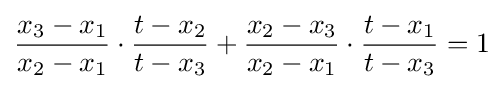
{\frac {x_{3}-x_{1}}{x_{2}-x_{1}}}\cdot {\frac {t-x_{2}}{t-x_{3}}}+{\frac {x_{2}-x_{3}}{x_{2}-x_{1}}}\cdot {\frac {t-x_{1}}{t-x_{3}}}=1